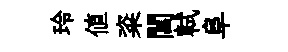
玲値粢閶軾阜